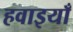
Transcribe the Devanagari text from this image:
हवाइयाँ